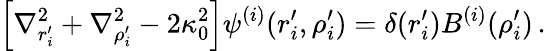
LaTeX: \left[\nabla_{r_{i}^{\prime}}^{2}+\nabla_{\rho_{i}^{\prime}}^{2}-2\kappa_{0}^{2}\right]\psi^{(i)}(r_{i}^{\prime},\rho_{i}^{\prime})=\delta(r_{i}^{\prime})B^{(i)}(\rho_{i}^{\prime})\, .